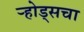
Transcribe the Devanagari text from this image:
ऱ्होड्सचा